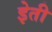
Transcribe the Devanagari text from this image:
इेती